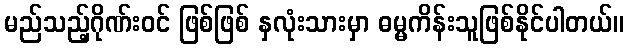
မည်သည့်ဂိုဏ်းဝင် ဖြစ်ဖြစ် နှလုံးသားမှာ ဓမ္မကိန်းသူဖြစ်နိုင်ပါတယ်။